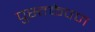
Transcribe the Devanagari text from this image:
पुस्तकेपण